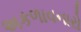
અકળાવનારો